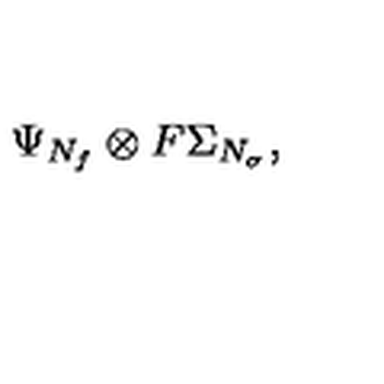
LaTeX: \Psi _ { N _ { f } } \otimes F \Sigma _ { N _ { \sigma } } ,